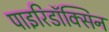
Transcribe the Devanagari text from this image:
पाइरिडॉक्सिन